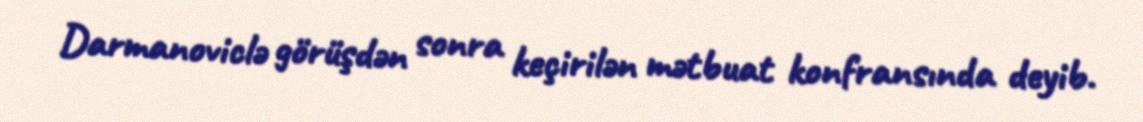
Darmanoviclə görüşdən sonra keçirilən mətbuat konfransında deyib.